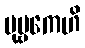
ပုဗ္ဗကေဟိ